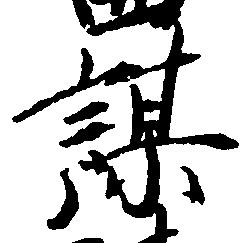
謀